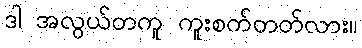
ဒါ အလွယ်တကူ ကူးစက်တတ်လား။